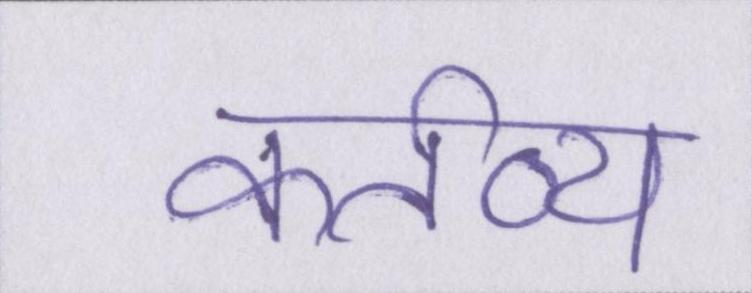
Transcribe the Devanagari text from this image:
कर्तव्य